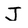
Character: J